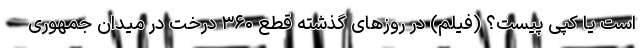
است یا کپی پیست؟ (فیلم) در روزهای گذشته قطع ۳۶۰ درخت در میدان جمهوری